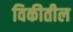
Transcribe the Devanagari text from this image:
विकीतील